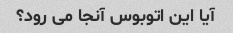
آیا این اتوبوس آنجا می رود؟